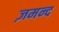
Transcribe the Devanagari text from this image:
ज़मन्द